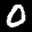
Label: 0